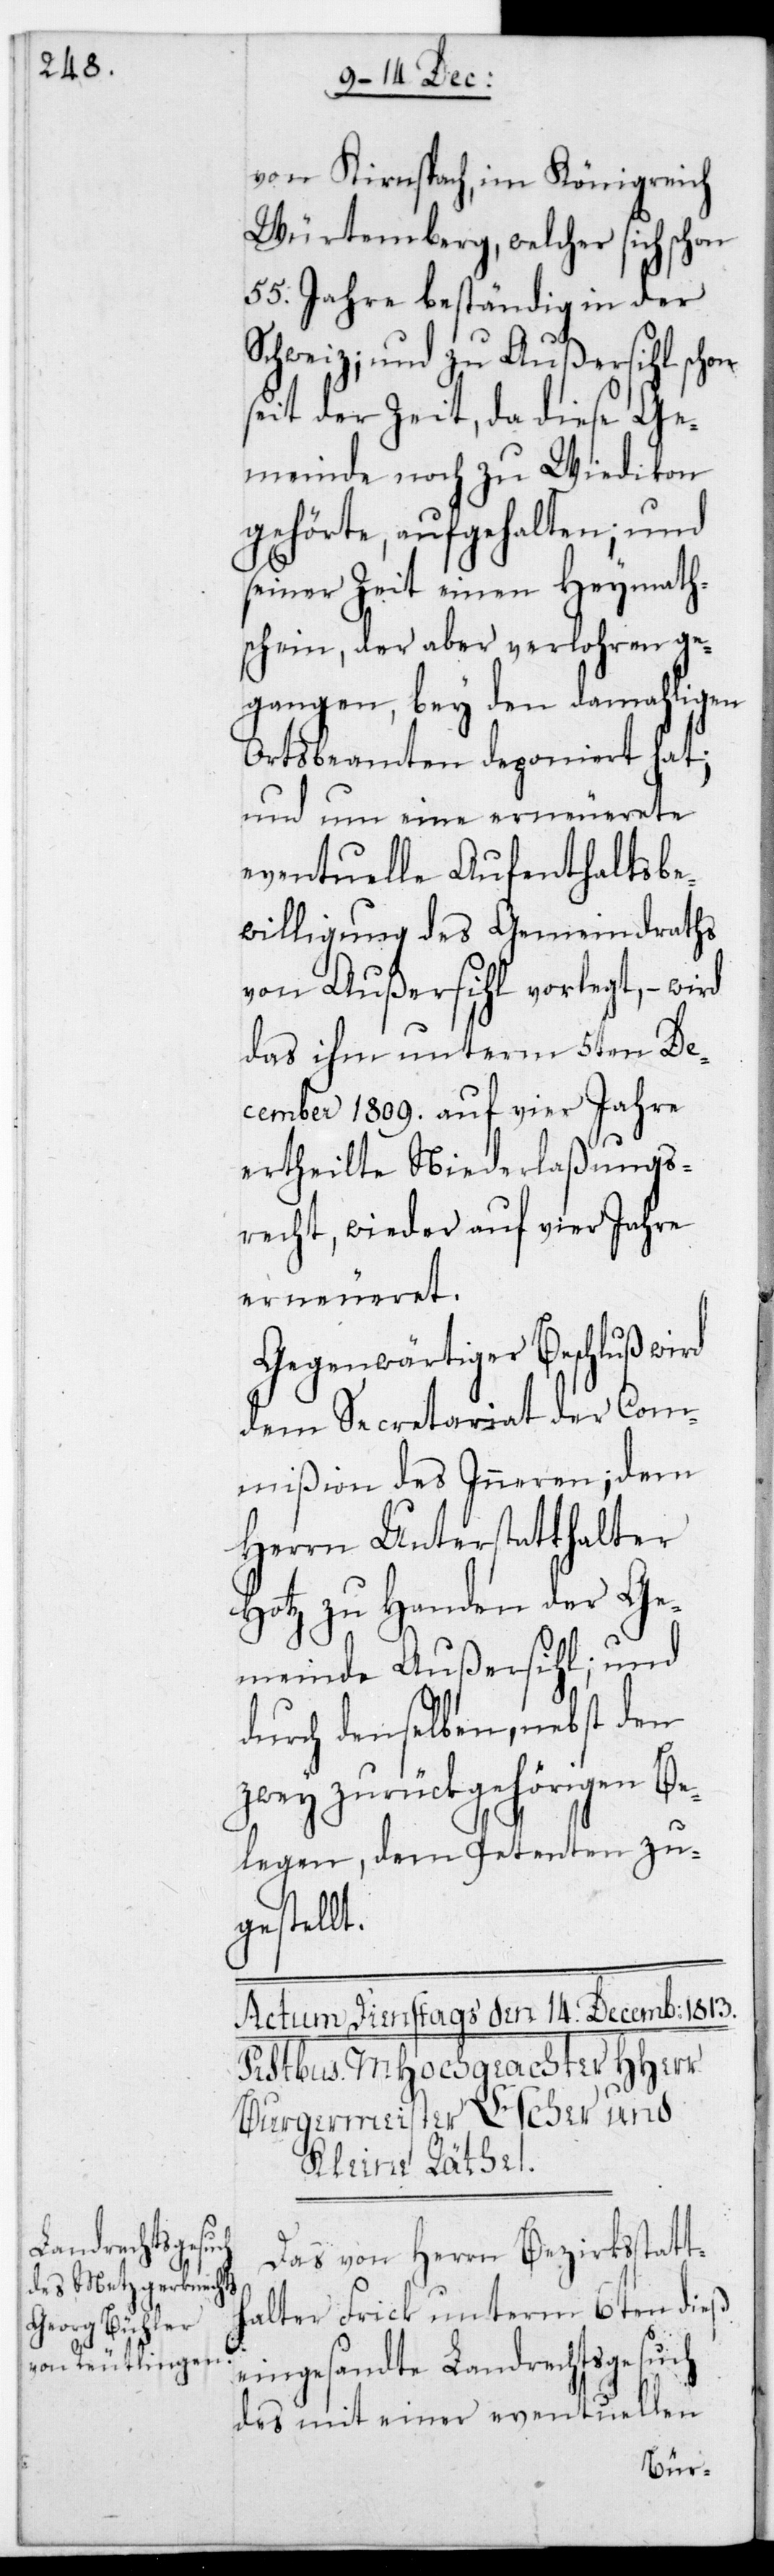
von Kirnspach im Königreich
Würtemberg, welcher sich schon
55. Jahre beständig in der
Schweiz und zu Außersihl schon
seit der Zeit, da diese Ge¬
meinde noch zu Wiedikon
gehörte, aufgehalten; und
seiner Zeit einen Heymaths¬
chein, der aber verloren ge¬
gangen, bey den damaligen
Ortsbeamten deponiert hat;
und um eine erneuerete
eventuelle Aufenthaltsbe¬
willigung des Gemeindraths
von Außersihl vorlegt, – wird
das ihm unterm 5ten De¬
cember 1809. auf vier Jahre
ertheilte Niederlaßungs¬
recht, wieder auf vier Jahre
erneueret.
Gegenwärtiger Beschluß wird
dem Secretariat der Com¬
mißion des Inneren; dem
Herrn Unterstatthalter
Hotz zu Handen der Ge¬
meinde Außersihl; und
durch denselben, nebst den
zwey zurückgehörigen Be¬
legen, dem Petenten zu¬
gestellt.
Das von Herrn Bezirksstatt¬
halter Frick unterm 6ten dieß
eingesandte Landrechtsgesuch
des mit einer eventuellen